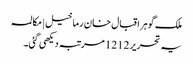
ملک گوہر اقبال خان رما خیل | مکالمہ
یہ تحریر 1212 مرتبہ دیکھی گئی۔